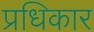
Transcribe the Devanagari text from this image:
प्रधिकार